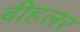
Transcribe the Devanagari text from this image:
बीहलर